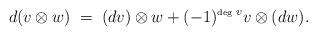
LaTeX: \begin{align*}d ( v \otimes w ) \; = \; (dv) \otimes w + (-1)^{\hbox{\tiny deg\ }v}v \otimes (dw).\end{align*}